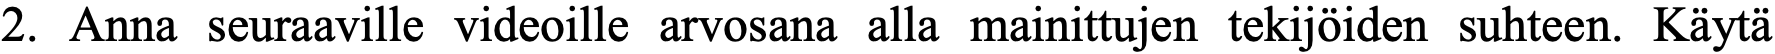
2. Anna seuraaville videoille arvosana alla mainittujen tekijöiden suhteen. Käytä